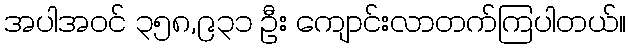
အပါအဝင် ၃၅၈,၉၃၁ ဦး ကျောင်းလာတက်ကြပါတယ်။